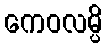
ကေဝလမ္ပိ